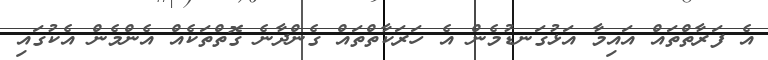
އެ ފަރާތްތައް އައިމާ އަޅުގަނޑުމެން އެ ހަރަކާތްތައް ގެންދާނެ ގޮތްތަކެއް އެންމެން އެކުގައި